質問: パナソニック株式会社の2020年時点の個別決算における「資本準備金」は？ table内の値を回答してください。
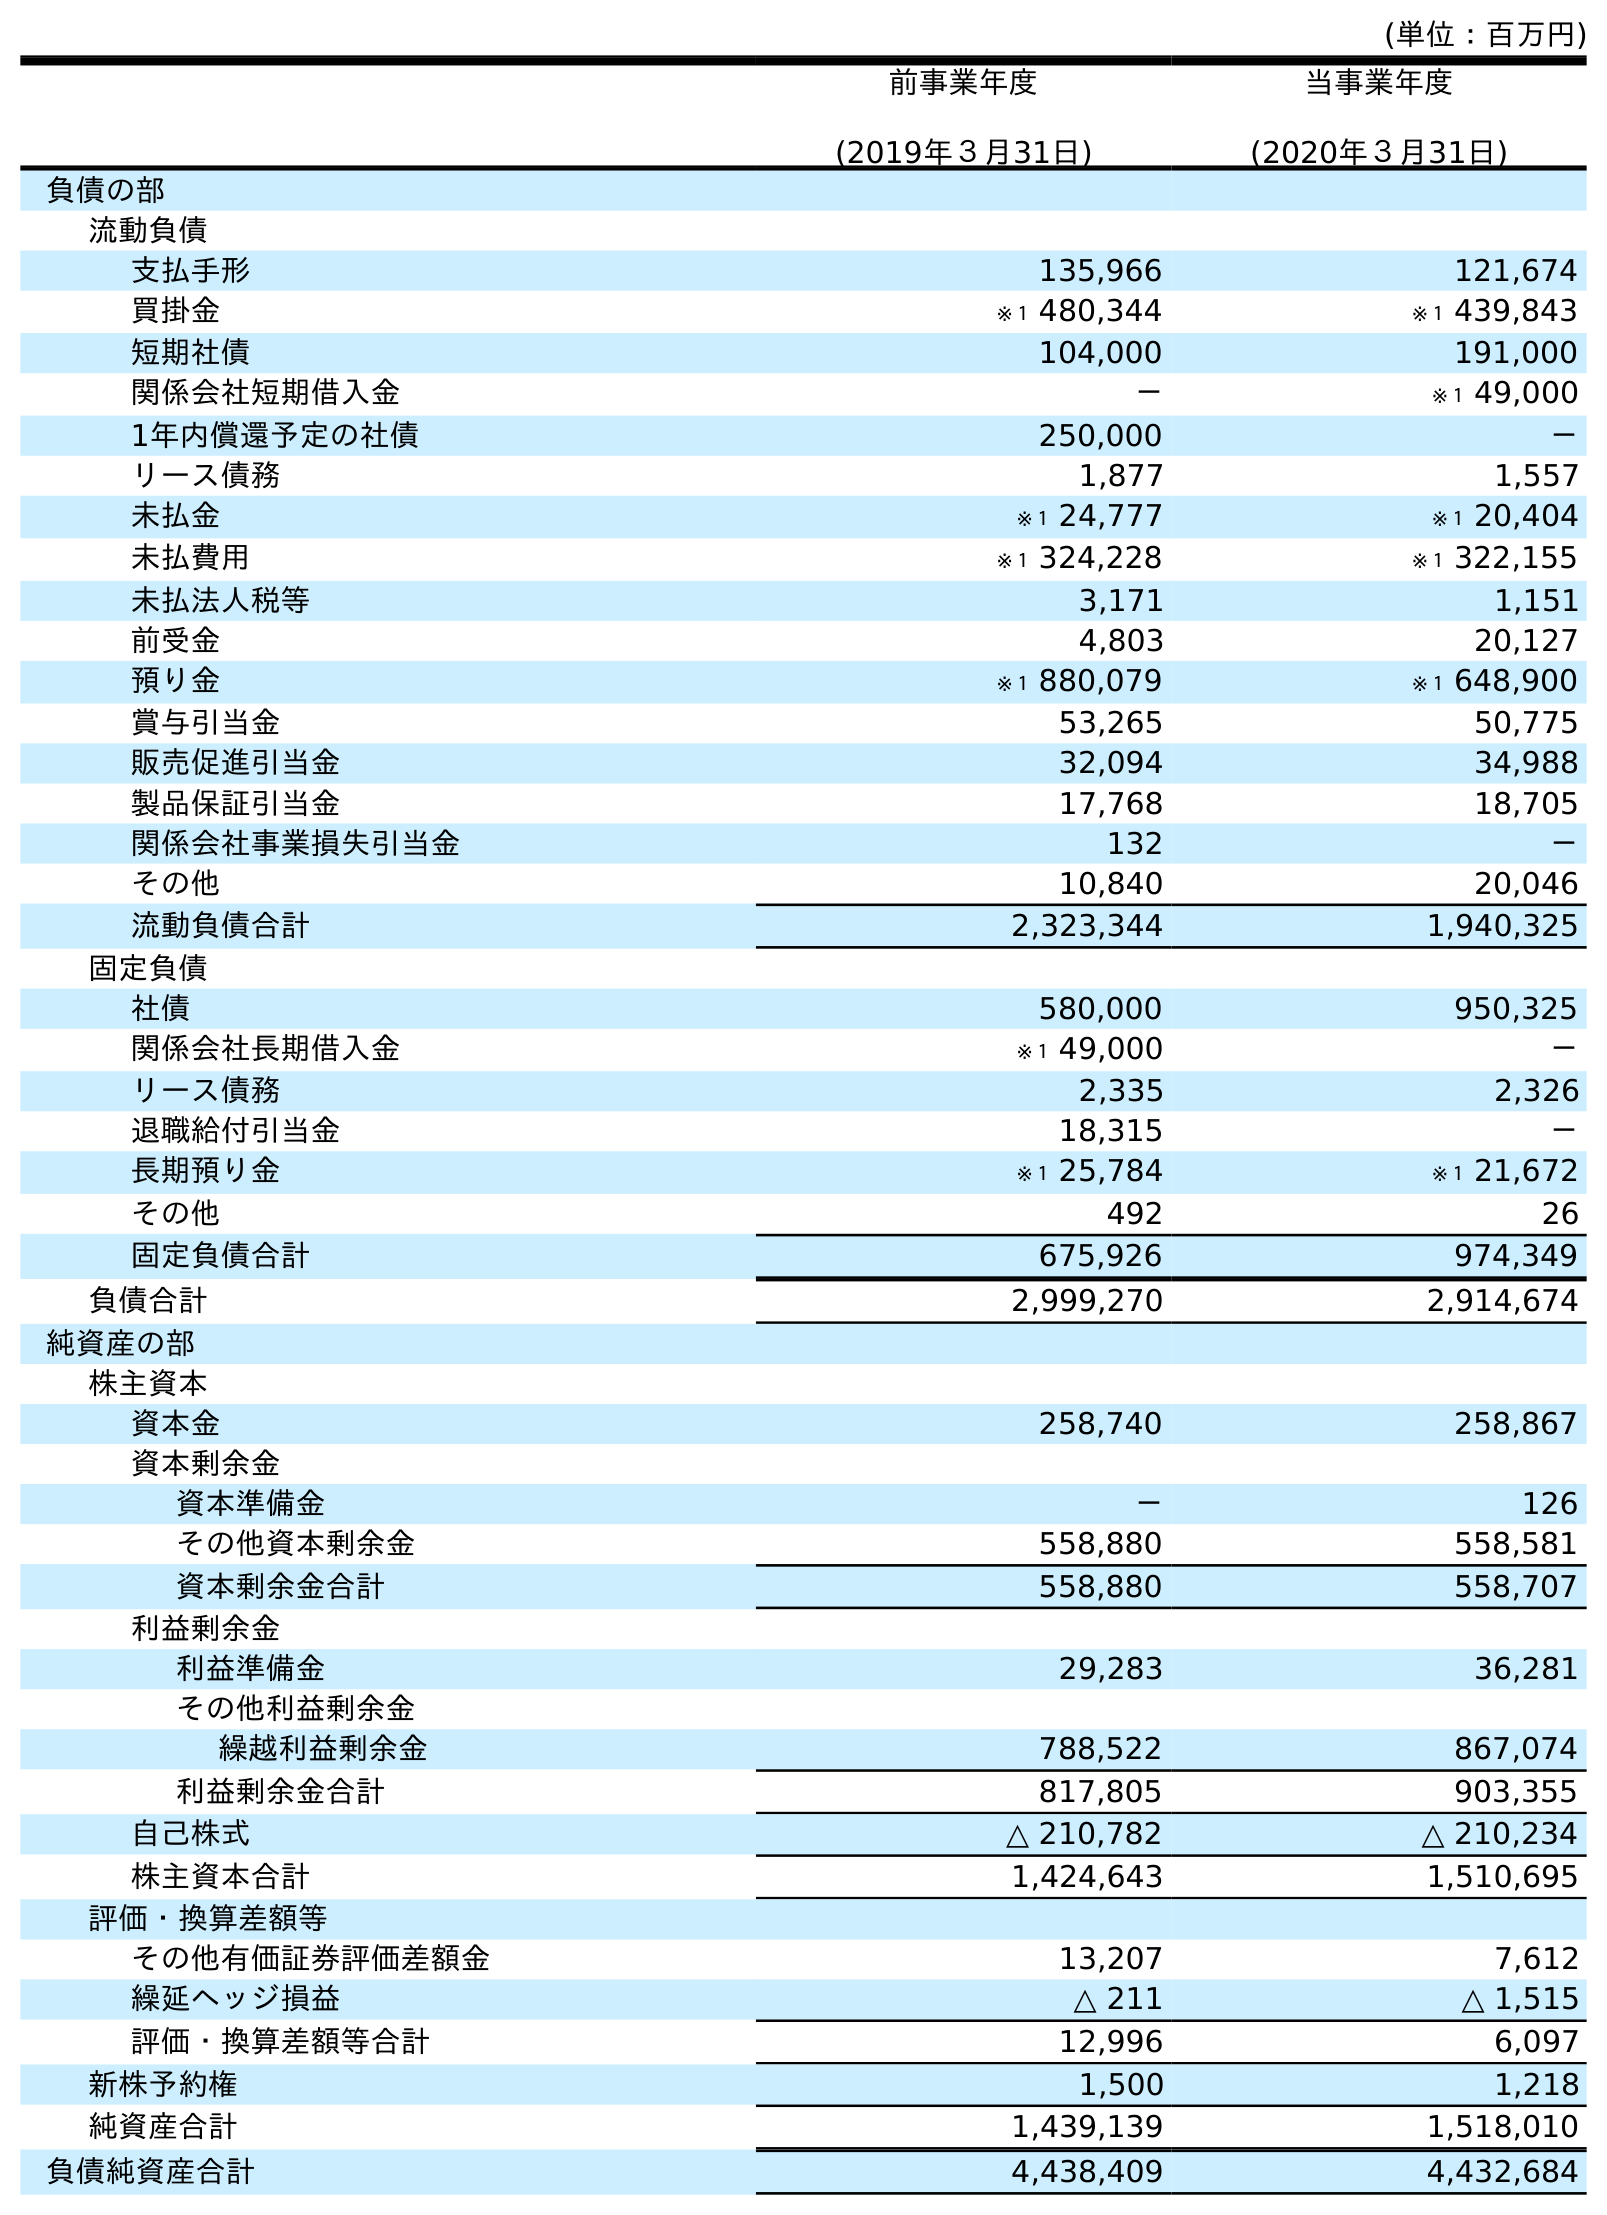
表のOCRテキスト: (単位：百万円) 前事業年度 (2019年３月31日) 当事業年度 (2020年３月31日) 負債の部 流動負債 支払手形 135,966 121,674 買掛金 ※１ 480,344 ※１ 439,843 短期社債 104,000 191,000 関係会社短期借入金 － ※１ 49,000 1年内償還予定の社債 250,000 － リース債務 1,877 1,557 未払金 ※１ 24,777 ※１ 20,404 未払費用 ※１ 324,228 ※１ 322,155 未払法人税等 3,171 1,151 前受金 4,803 20,127 預り金 ※１ 880,079 ※１ 648,900 賞与引当金 53,265 50,775 販売促進引当金 32,094 34,988 製品保証引当金 17,768 18,705 関係会社事業損失引当金 132 － その他 10,840 20,046 流動負債合計 2,323,344 1,940,325 固定負債 社債 580,000 950,325 関係会社長期借入金 ※１ 49,000 － リース債務 2,335 2,326 退職給付引当金 18,315 － 長期預り金 ※１ 25,784 ※１ 21,672 その他 492 26 固定負債合計 675,926 974,349 負債合計 2,999,270 2,914,674 純資産の部 株主資本 資本金 258,740 258,867 資本剰余金 資本準備金 － 126 その他資本剰余金 558,880 558,581 資本剰余金合計 558,880 558,707 利益剰余金 利益準備金 29,283 36,281 その他利益剰余金 繰越利益剰余金 788,522 867,074 利益剰余金合計 817,805 903,355 自己株式 △ 210,782 △ 210,234 株主資本合計 1,424,643 1,510,695 評価・換算差額等 その他有価証券評価差額金 13,207 7,612 繰延ヘッジ損益 △ 211 △ 1,515 評価・換算差額等合計 12,996 6,097 新株予約権 1,500 1,218 純資産合計 1,439,139 1,518,010 負債純資産合計 4,438,409 4,432,684
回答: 126